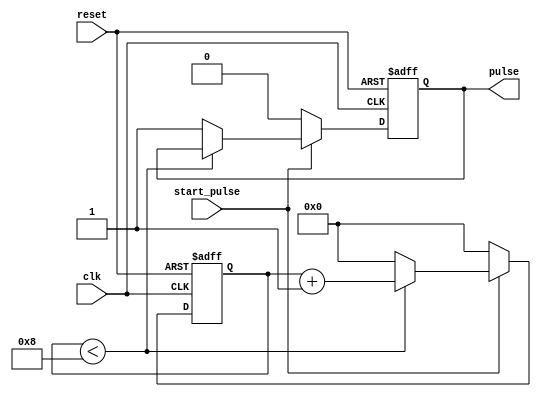
module Rising_Edge_Pulse_Generator (
    input wire clk,           // Clock signal
    input wire reset,         // Reset signal
    input wire start_pulse,   // Start pulse generation signal
    output reg pulse          // Output rising edge pulse signal
);

reg [3:0] count;             // Counter to control pulse timing

always @(posedge clk or posedge reset) begin
    if (reset) begin
        count <= 4'b0000;   // Reset counter
        pulse <= 1'b0;      // Set pulse low
    end else begin
        if (start_pulse) begin
            if (count < 4'b1000) begin
                count <= count + 1;     // Increment counter
            end else begin
                pulse <= 1'b1;          // Generate rising edge pulse
                count <= 4'b0000;       // Reset counter
            end
        end else begin
            pulse <= 1'b0;      // Set pulse low
            count <= 4'b0000;   // Reset counter
        end
    end
end

endmodule